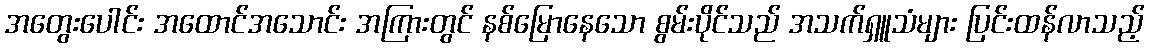
အတွေးပေါင်း အထောင်အသောင်း အကြားတွင် နစ်မြောနေသော စွမ်းပိုင်သည် အသက်ရှူသံများ ပြင်းထန်လာသည့်